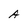
Character: A